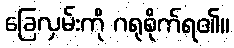
ခြေလှမ်းကို ဂရုစိုက်ရ၏။